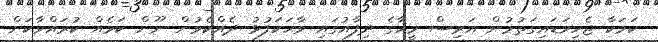
ކަމަކާ ޖެހިވަޑައިގަތުމުން އަރިސް މީހާގެ ދިފާއުގައި ވާހަކަފުޅު ދެއްކެވުން ނޫން ކަމެއް ކުރައްވާކަށް